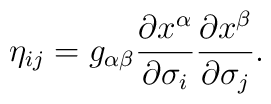
\eta_{ij}=g_{\alpha\beta}\frac{\partial x^{\alpha}}{\partial \sigma_i}\frac{\partial x^{\beta}}{\partial \sigma_j}.